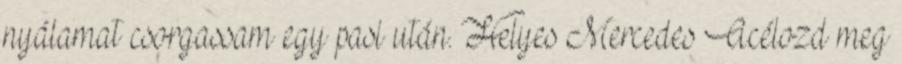
nyálamat csorgassam egy pasi után. Helyes Mercedes Acélozd meg